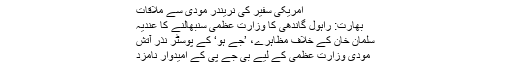
امریکی سفیر کی نریندر مودی سے ملاقات
بھارت: راہول گاندھی کا وزارتِ عظمیٰ سنبھالنے کا عندیہ
سلمان خان کے خلاف مظاہرے، ’جے ہو‘ کے پوسٹر نذر آتش
مودی وزارتِ عظمیٰ کے لیے بی جے پی کے امیدوار نامزد